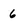
Character: 6